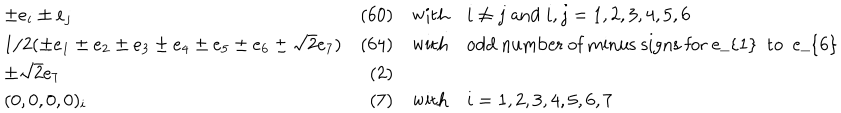
LaTeX: \begin{array} { l r c l } { { \pm e _ { i } \pm e _ { j } } } & { { ( 6 0 ) } } & { { \mathrm { w i t h } } } & { { i \neq j \; \mathrm { a n d } \; i , j = 1 , 2 , 3 , 4 , 5 , 6 } } \\ { { 1 / 2 ( \pm e _ { 1 } \pm e _ { 2 } \pm e _ { 3 } \pm e _ { 4 } \pm e _ { 5 } \pm e _ { 6 } \pm \sqrt { 2 } e _ { 7 } ) } } & { { ( 6 4 ) } } & { { \mathrm { w i t h } } } & { { \mathrm { o d d ~ n u m b e r ~ o f ~ m i n u s ~ s i g n s ~ f o r ~ e _ { 1 } ~ t o ~ e _ { 6 } ~ } } } \\ { { \pm \sqrt { 2 } e _ { 7 } } } & { { ( 2 ) } } & { { } } & { { } } \\ { { ( 0 , 0 , 0 , 0 ) _ { i } } } & { { ( 7 ) } } & { { \mathrm { w i t h } } } & { { i = 1 , 2 , 3 , 4 , 5 , 6 , 7 } } \\ \end{array}